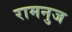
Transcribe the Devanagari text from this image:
रामनुज